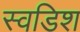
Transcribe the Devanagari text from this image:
स्वडिश